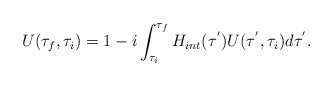
\begin{align*}U(\tau_{f},\tau_{i})=1-i\int_{\tau_{i}}^{\tau_{f}}H_{int}(\tau^{'})U(\tau^{'},\tau_{i})d\tau^{'}. \end{align*}